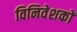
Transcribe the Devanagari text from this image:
विनिवेशकों